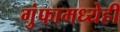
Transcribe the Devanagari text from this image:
गुंफामध्येही